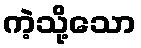
ကဲ့သို့သော